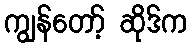
ကျွန်တော့် ဆိုဒ်က